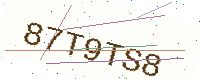
Text: 87T9TS8